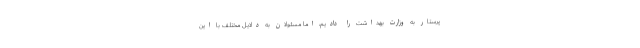
پرستار به وزارت بهداشت را دادیم، اما مسئولان به دلایل مختلف با این